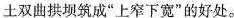
土双曲拱坝筑成”上窄下宽”的好处。